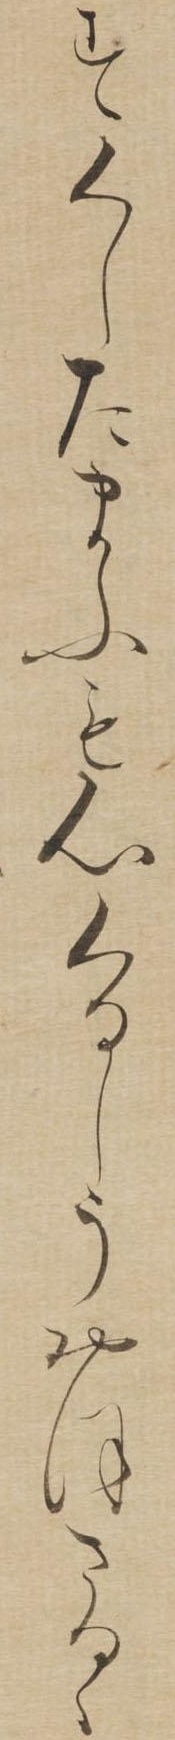
すくしたまふも心くるしうおほさるゝ